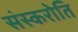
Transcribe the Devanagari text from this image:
संस्करोति